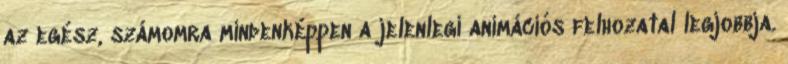
az egész, számomra mindenképpen a jelenlegi animációs felhozatal legjobbja.